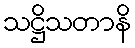
သဋ္ဌိသတာနိ